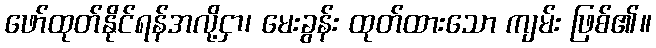
ဖော်ထုတ်နိုင်ရန်အလို့ငှာ၊ မေးခွန်း ထုတ်ထားသော ကျမ်း ဖြစ်၏။